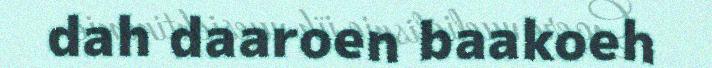
dah daaroen baakoeh